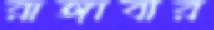
রাঙ্গাবার